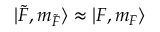
\lvert \Tilde { F } , m _ { \Tilde { F } } \rangle \approx \lvert F , m _ { F } \rangle